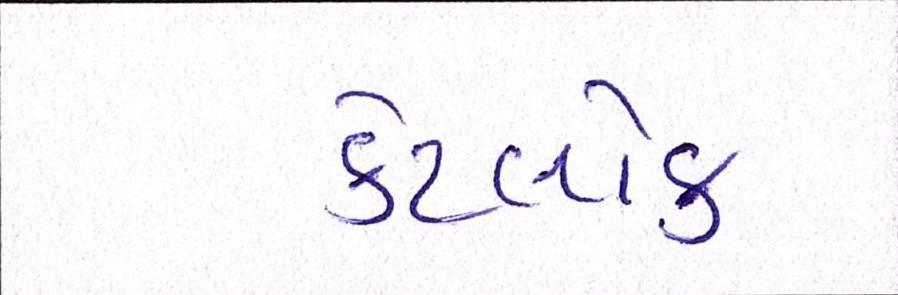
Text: કેટલોક